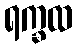
ရက္ခထ